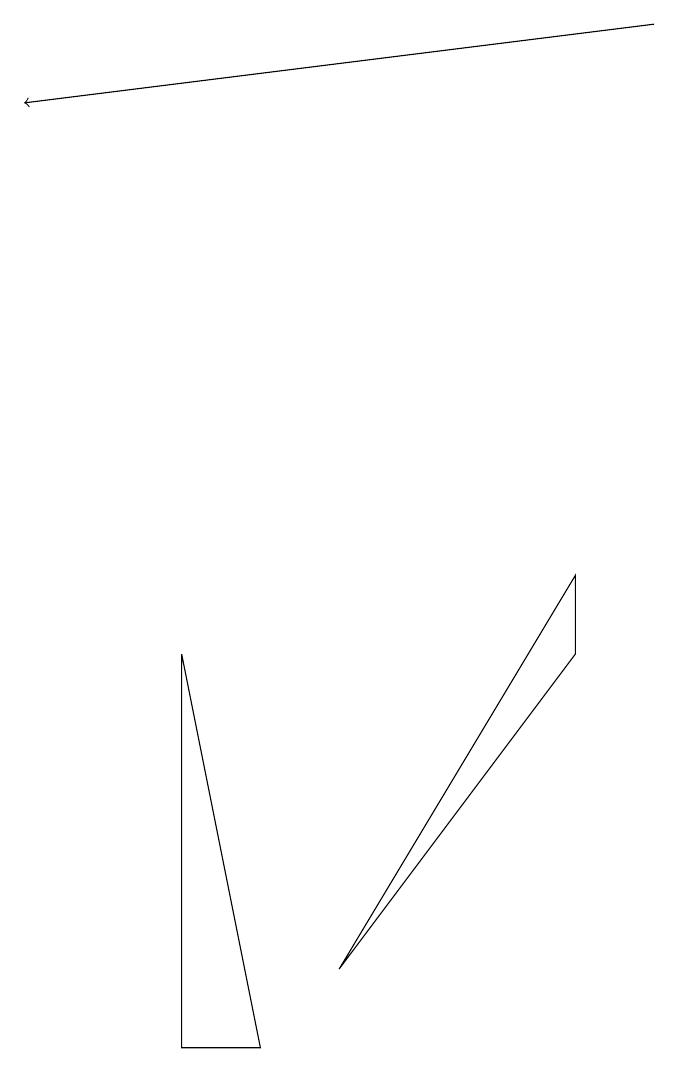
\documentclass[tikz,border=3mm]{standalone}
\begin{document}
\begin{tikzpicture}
\draw (3,3) -- (2,8) -- (2,3) -- cycle;
\draw[->] (8,16) -- (0,15);
\draw (4,4) -- (7,8) -- (7,9) -- cycle;
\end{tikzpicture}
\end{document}